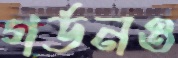
গর্ডনও